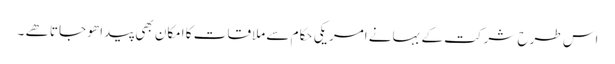
اس طرح شرکت کے بہانے امریکی حکام سے ملاقات کا امکان بھی پیدا ھو جاتا ھے ۔